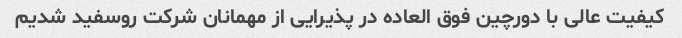
کیفیت عالی با دورچین فوق العاده در پذیرایی از مهمانان شرکت روسفید شدیم